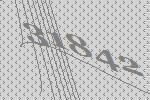
31842